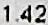
1.42